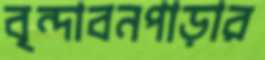
বৃন্দাবনপাড়ার